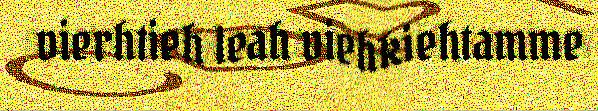
vierhtieh leah viehkiehtamme